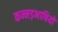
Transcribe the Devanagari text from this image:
कन्नड़भाषियों